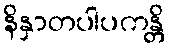
နိနှာတပါပကန္တိ